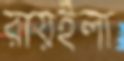
রায়ইলা